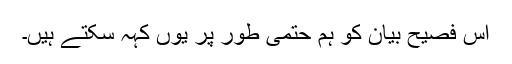
اس فصیح بیان کو ہم حتمی طور پر یوں کہہ سکتے ہیں۔